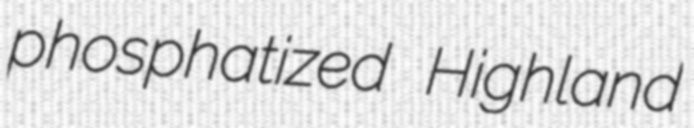
phosphatized Highland